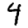
Digit: 4